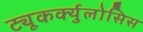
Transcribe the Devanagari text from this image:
ट्यूकर्क्युलोसिस